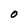
Character: O